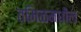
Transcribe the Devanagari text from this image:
तमिळमधील